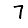
Digit: 7